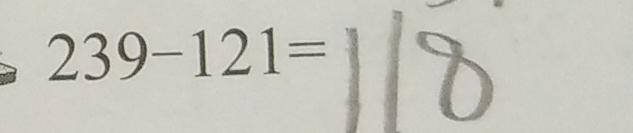
2 3 9 - 1 2 1 = 1 1 8